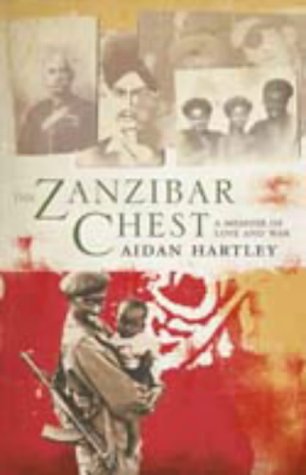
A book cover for The Zanzibar Chest: A Memoir of Love and War; AIDAN HARTLEY; Travel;